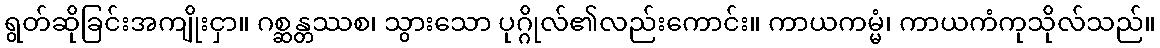
ရွတ်ဆိုခြင်းအကျိုးငှာ။ ဂစ္ဆန္တဿစ၊ သွားသော ပုဂ္ဂိုလ်၏လည်းကောင်း။ ကာယကမ္မံ၊ ကာယကံကုသိုလ်သည်။